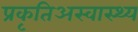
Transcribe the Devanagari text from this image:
प्रकृतिअस्वास्थ्य